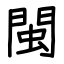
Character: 閩